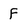
Character: F